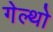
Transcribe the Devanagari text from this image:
गेल्थो